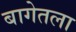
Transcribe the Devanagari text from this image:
बागेतला